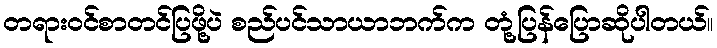
တရားဝင်စာတင်ပြဖို့ပဲ စည်ပင်သာယာဘက်က တုံ့ပြန်ပြောဆိုပါတယ်။